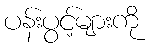
ပန်းပွင့်များကို